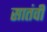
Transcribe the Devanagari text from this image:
सातंवी